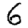
Digit: 6